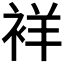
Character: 𬡘